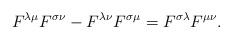
LaTeX: \begin{align*}F^{\lambda \mu} F^{\sigma \nu} - F^{\lambda \nu} F^{\sigma \mu} =F^{\sigma \lambda} F^{\mu \nu}.\end{align*}